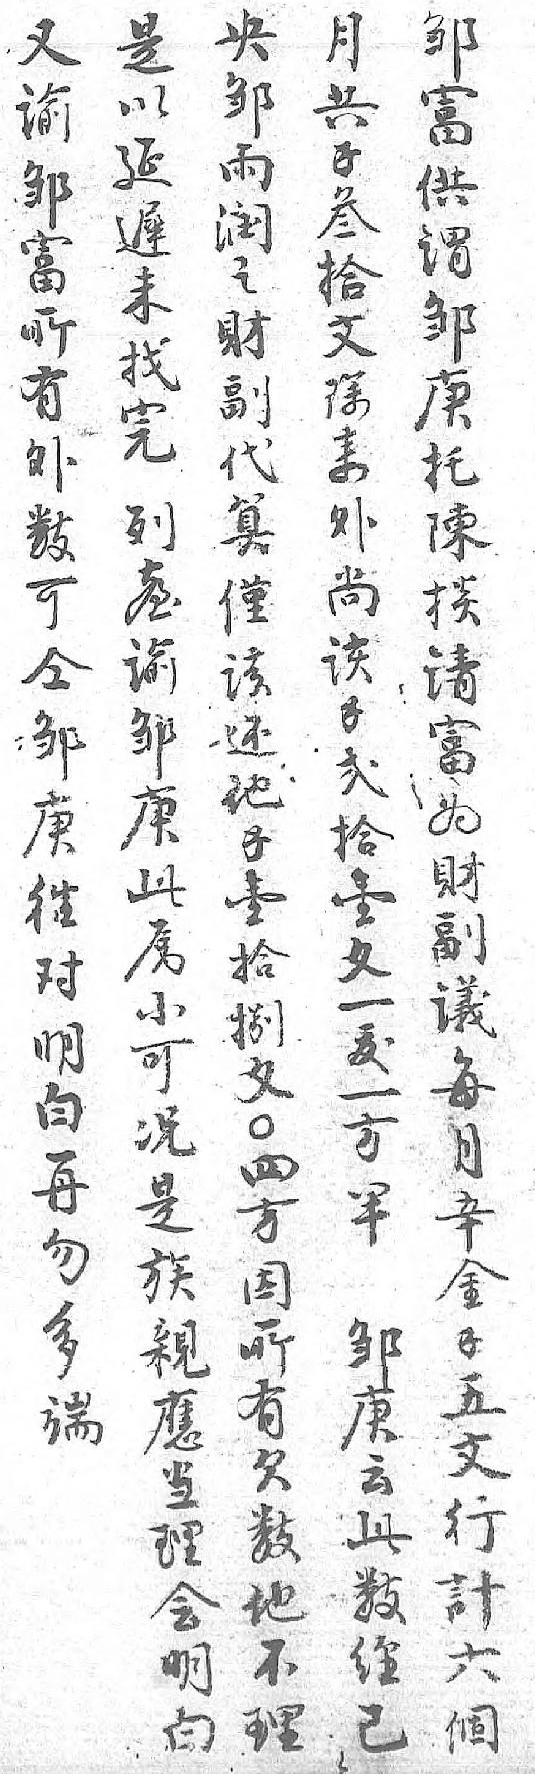
央又邹月是邹谕富共以雨邹供錢延润富谓叁遲之所邹拾未財有庚文找副外托除完代數陳来列算可掞外𦤼僅仝请尚谕该邹富该邹还庚为錢庚他往財弍此錢对副拾属壹明議壹小拾白每文可捌再月一况文勿辛犮是〇多金一族四端錢方親方 五半應因 文邹当所 行庚理有 計云会欠 六此明數 個數白他  經 不  已 理